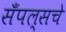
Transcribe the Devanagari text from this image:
सँपल्सचे